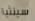
سينثيا